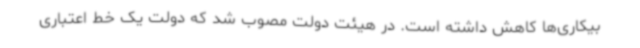
بیکاری‌ها کاهش داشته است. در هیئت دولت مصوب شد که دولت یک خط اعتباری